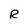
Character: R